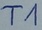
Text: T1